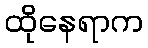
ထိုနေရာက